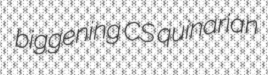
biggening CS quinarian